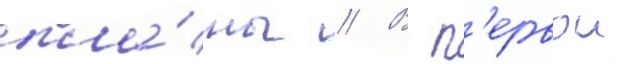
пла́ны // В п'ервои